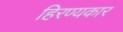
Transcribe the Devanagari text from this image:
हिरण्यकार